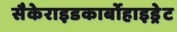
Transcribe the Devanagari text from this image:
सैकेराइडकार्बोहाइड्रेट